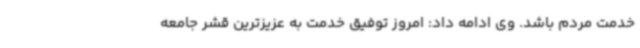
خدمت مردم باشد. وی ادامه داد: امروز توفیق خدمت به عزیزترین قشر جامعه